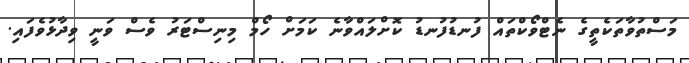
މަސްތުވާތަކެތީގެ ނެޓްވޯކްތައް ފުނޑުފުނޑު ކޮށްލައްވާނެ ކަމަށް ހޯމް މިނިސްޓަރު ވެސް ވަނީ ވިދާޅުވެފައި.